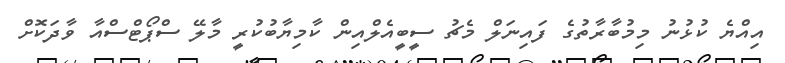
އިއްޔެ ކުޅުނު މިމުބާރާތުގެ ފައިނަލް މެޗު ސީބީއެލްއިން ކާމިޔާބުކުރީ މާލޭ ސްޕޯޓްސްއާ ވާދަކޮށް